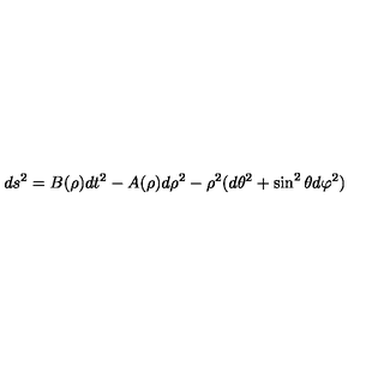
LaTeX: d s ^ { 2 } = B ( \rho ) d t ^ { 2 } - A ( \rho ) d \rho ^ { 2 } - \rho ^ { 2 } ( d \theta ^ { 2 } + \sin ^ { 2 } \theta d \varphi ^ { 2 } )